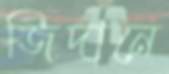
জিদানে